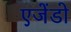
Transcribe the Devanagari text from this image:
एजेंडो